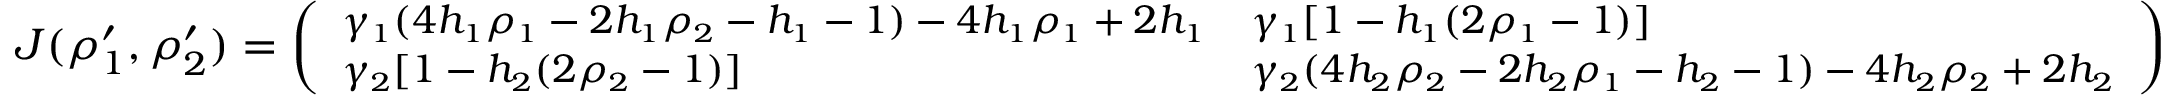
\small J ( \rho _ { 1 } ^ { \prime } , \rho _ { 2 } ^ { \prime } ) = \left( \begin{array} { l l } { \gamma _ { 1 } ( 4 h _ { 1 } \rho _ { 1 } - 2 h _ { 1 } \rho _ { 2 } - h _ { 1 } - 1 ) - 4 h _ { 1 } \rho _ { 1 } + 2 h _ { 1 } } & { \gamma _ { 1 } [ 1 - h _ { 1 } ( 2 \rho _ { 1 } - 1 ) ] } \\ { \gamma _ { 2 } [ 1 - h _ { 2 } ( 2 \rho _ { 2 } - 1 ) ] } & { \gamma _ { 2 } ( 4 h _ { 2 } \rho _ { 2 } - 2 h _ { 2 } \rho _ { 1 } - h _ { 2 } - 1 ) - 4 h _ { 2 } \rho _ { 2 } + 2 h _ { 2 } } \end{array} \right)